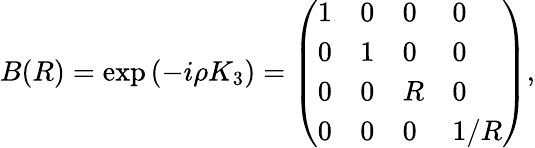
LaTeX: B(R)=\exp\left(\begin{array}{l}{{-i\rho K_{3}}}\end{array}\right)=\left(\begin{array}{llll}{{1}}&{{0}}&{{0}}&{{0}}\\ {{0}}&{{1}}&{{0}}&{{0}}\\ {{0}}&{{0}}&{{R}}&{{0}}\\ {{0}}&{{0}}&{{0}}&{{1/R}}\end{array}\right),